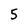
Character: 5